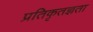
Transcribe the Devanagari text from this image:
प्रतिकृतज्ञता